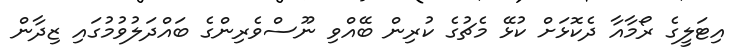
އިޓަލީގެ ރޯމާއާ ދެކޮޅަށް ކުޅޭ މެޗުގެ ކުރިން ބޭއްވި ނޫސްވެރިންގެ ބައްދަލުވުމުގައި ޒިދާން